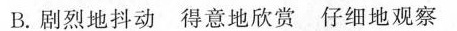
B.剧烈地抖动得意地欣赏仔细地观察